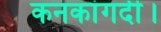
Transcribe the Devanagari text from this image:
कनकांगदी।